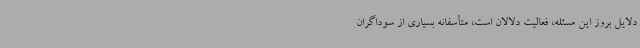
دلایل بروز این مسئله، فعالیت دلالان است، متأسفانه بسیاری از سوداگران